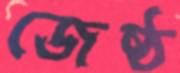
জেষ্ঠ